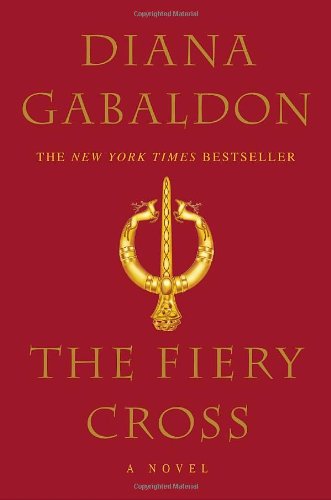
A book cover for The Fiery Cross (Outlander); Diana Gabaldon; Romance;